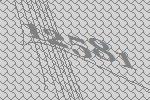
12581